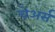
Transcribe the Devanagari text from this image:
चेअर्स